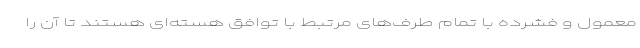
معمول و فشرده با تمام طرف‌های مرتبط با توافق هسته‌ای هستند تا آن را